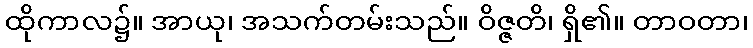
ထိုကာလ၌။ အာယု၊ အသက်တမ်းသည်။ ဝိဇ္ဇတိ၊ ရှိ၏။ တာဝတာ၊